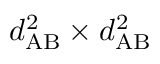
d _ { \mathrm { A B } } ^ { 2 } \times d _ { \mathrm { A B } } ^ { 2 }